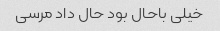
خیلی باحال بود حال داد مرسی